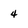
Character: 4